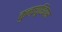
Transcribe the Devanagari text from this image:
कुन्फ़्यूशियस